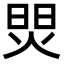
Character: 焸